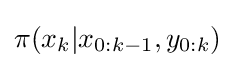
\pi (x_{k}|x_{0:k-1},y_{0:k})